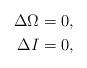
LaTeX: \begin{align*}\Delta \Omega = 0, \\\Delta I = 0, \end{align*}